Lunatic asylums Punjab 1895-1910 - 1895-1910
Year: 1895
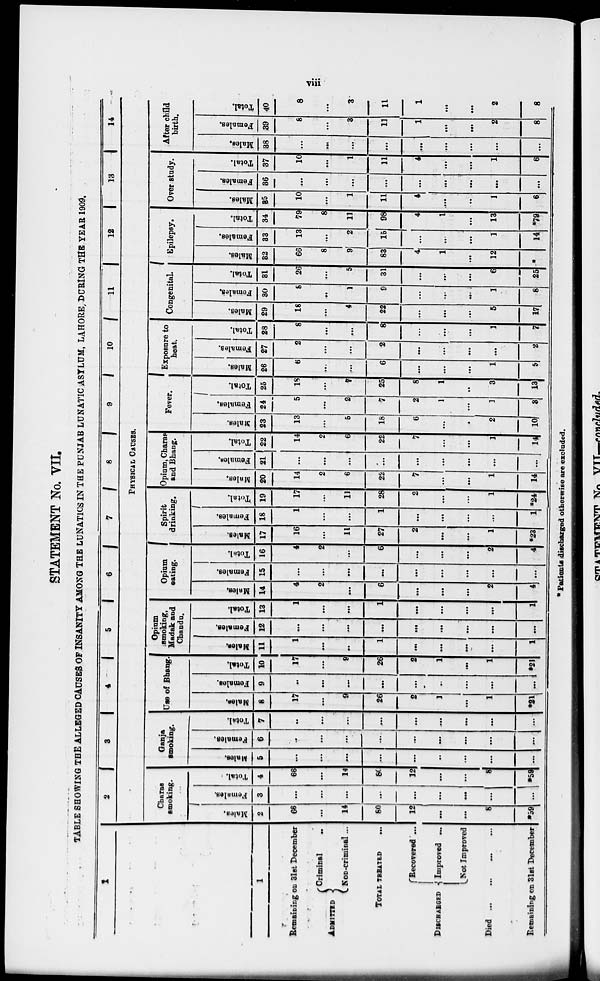
viii
STATEMENT No. VII.
TABLE SHOWING THE ALLEGED CAUSES OF INSANITY AMONG THE LUNATICS IN THE PUNJAB LUNATIC ASYLUM, LAHORE, DURING THE YEAR 1909.
1
1
Remaining on 31st December
ADMITTED
Criminal
...
Non-criminal...
TOTAL TREATED
DISCHARGED
Recovered ...
Improved ...
Not Improved
Died
...
...
...
...
Remaining on 31st December
2
3
4
5
6
7
8
9
10
11
12
13
14
PHYSICAL CAUSES.
Charas
smoking.
Males.
2
66
...
14
80
12
...
...
8
*59
Females.
3
...
...
...
...
...
...
...
...
...
Total.
4
66
...
14
80
12
...
...
8
*59
Ganja
smoking.
Males.
5
...
...
...
...
...
...
...
...
Females.
6
...
...
...
...
...
...
...
...
...
Total.
7
...
...
...
...
...
...
...
...
...
Use of Bhang.
Males.
8
17
...
9
26
2
1
...
1
*2l
Females.
9
...
...
...
...
...
...
...
...
...
Total.
10
17
...
8
26
2
1
...
1
*21
Opium
smokiog,
Madak and
Chandu.
Males.
11
1
...
...
1
...
...
...
...
1
Females.
12
...
...
...
...
...
...
...
...
...
Total.
13
1
...
...
1
...
...
...
...
1
Opium
eating.
Males.
14
4
2
...
6
...
...
...
2
4
Females.
15
...
...
...
...
...
...
...
...
...
Total.
16
4
2
...
6
...
...
...
2
4
Spirit
drinking.
Males.
17
16
...
11
27
2
...
...
1
*23
Females.
18
1
...
...
1
...
...
...
...
1
Total.
19
17
...
11
28
2
...
...
1
*24
Opium, Charas
and Bhang.
Males.
20
14
2
6
22
7
...
...
1
14
Females.
21
...
...
...
...
...
...
...
...
...
Total.
22
14
2
6
22
7
...
...
1
14
Fever.
Males.
23
13
...
5
18
6
...
...
2
10
Females.
24
5
...
2
7
2
1
...
1
3
Total.
25
18
...
7
25
8
1
...
3
13
Exposure to
heat.
Males.
26
6
...
...
6
...
...
...
1
5
Females.
27
2
...
...
2
...
...
...
...
2
Total.
28
8
...
...
8
...
...
...
1
7
Congenital.
Males.
29
18
...
4
22
...
...
...
5
17
Females.
30
8
...
1
9
...
...
...
1
8
Total.
31
26
...
5
31
...
...
...
6
25
Epilepsy.
Males.
32
66
8
9
83
4
1
...
12
*
Females.
33
13
...
2
15
...
...
...
1
14
Total.
34
79
8
11
98
4
1
...
13
*79
Over study.
Males.
35
10
...
1
11
4
...
...
1
6
Females.
36
...
...
...
...
...
...
...
...
...
Total.
37
10
...
1
11
4
...
...
1
6
After child
birth.
Males.
38
...
...
...
...
...
...
...
...
...
Females.
39
8
...
3
11
1
...
...
2
8
Total.
40
8
...
3
11
1
...
...
2
8
* Patients discharged otherwise are excluded.